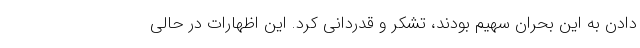
دادن به این بحران سهیم بودند، تشکر و قدردانی کرد. این اظهارات در حالی